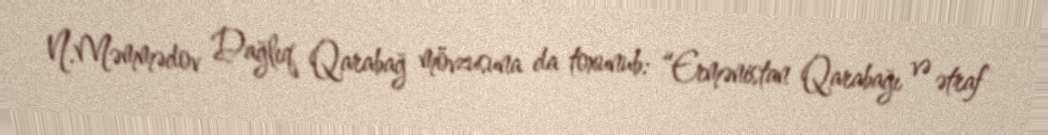
N.Məmmədov Dağlıq Qarabağ mövzusuna da toxunub: “Ermənistan Qarabağı və ətraf